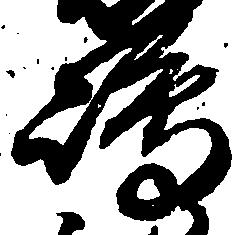
嶋